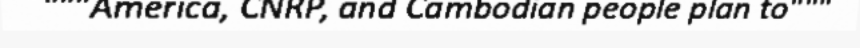
"""America, CNRP, and Cambodian people plan to"""